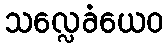
သလ္လေခံယေဝ